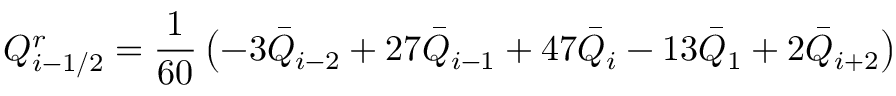
Q _ { i - 1 / 2 } ^ { r } = \frac { 1 } { 6 0 } \left( - 3 { { { \bar { Q } } } _ { i - 2 } } + 2 7 { { { \bar { Q } } } _ { i - 1 } } + 4 7 { { { \bar { Q } } } _ { i } } - 1 3 { { { \bar { Q } } } _ { 1 } } + 2 { { { \bar { Q } } } _ { i + 2 } } \right)